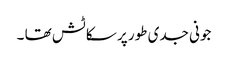
جونی جدی طور پر سکاٹش تھا ۔